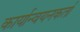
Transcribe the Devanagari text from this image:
कार्यान्वयनकर्ता